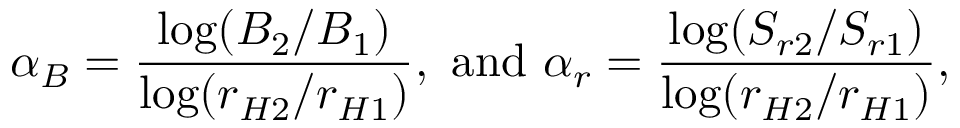
\alpha _ { B } = \frac { \log ( B _ { 2 } / B _ { 1 } ) } { \log ( r _ { H 2 } / r _ { H 1 } ) } , \ \mathrm { { a n d } } \ \alpha _ { r } = \frac { \log ( S _ { r 2 } / S _ { r 1 } ) } { \log ( r _ { H 2 } / r _ { H 1 } ) } ,